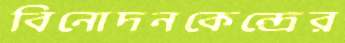
বিনোদনকেন্দ্রের